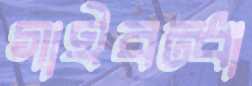
গাইবন্ধা